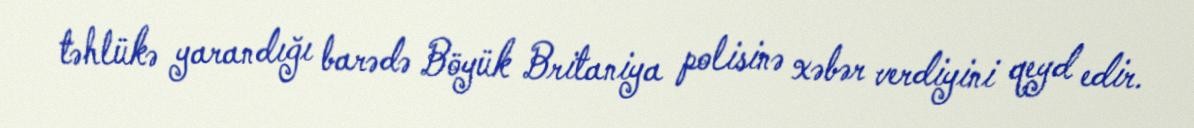
təhlükə yarandığı barədə Böyük Britaniya polisinə xəbər verdiyini qeyd edir.